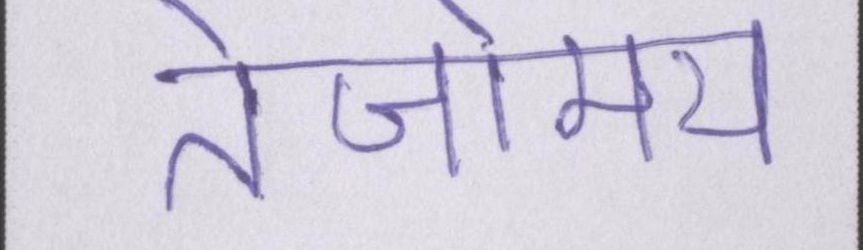
तेजोमय